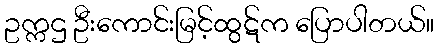
ဥက္ကဌ ဦးကောင်းမြင့်ထွဋ်က ပြောပါတယ်။